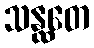
သန္ထတေ